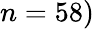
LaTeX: n=58)